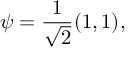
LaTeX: \psi = { \frac { 1 } { \sqrt { 2 } } } ( 1 , 1 ) ,